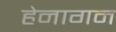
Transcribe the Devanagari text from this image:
हेनागन